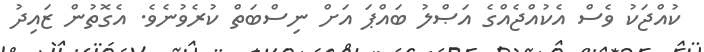
ކުއްޖަކު ވެސް އެކުއްޖެއްގެ އަޞްލު ބައްޕަ އަށް ނިސްބަތް ކުރެވުނެވެ. އެގޮތުން ޒައިދު